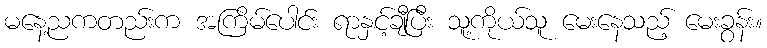
မနေ့ညကတည်းက အကြိမ်ပေါင်း ရာနှင့်ချီပြီး သူ့ကိုယ်သူ မေးနေသည့် မေးခွန်း။